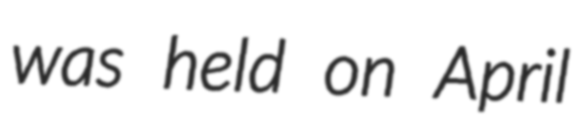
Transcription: was held on April